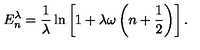
E _ { n } ^ { \lambda } = { \frac { 1 } { \lambda } } \ln \left[ 1 + \lambda \omega \left( n + { \frac { 1 } { 2 } } \right) \right] .